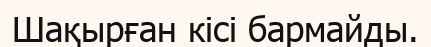
Шақырған кісі бармайды.